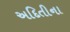
અદિતીના